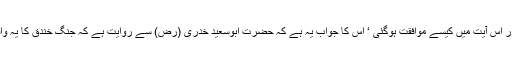
(ترمذی ‘ ابویعلی ‘ بیہقی) تو اس حدیث اور اس آیت میں کیسے موافقت ہوگئی ‘ اس کا جواب یہ ہے کہ حضرت ابوسعید خدری (رض) سے روایت ہے کہ جنگ خندق کا یہ واقعہ اس آیت ” فان خفتم فرجالا اور کبانا “۔